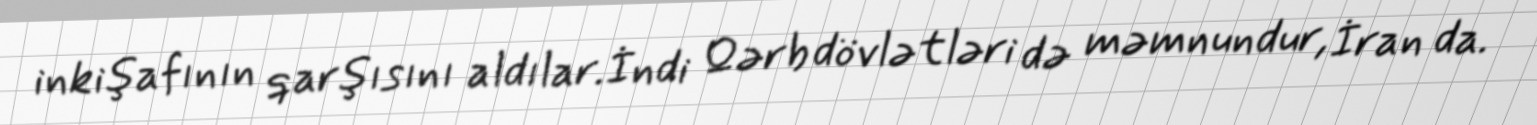
inkişafının qarşısını aldılar.İndi Qərb dövlətləri də məmnundur, İran da.